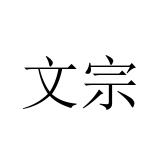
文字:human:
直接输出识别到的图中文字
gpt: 文宗